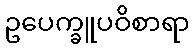
ဥပေက္ခူပဝိစာရာ